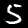
Digit: 5